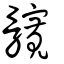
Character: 髖